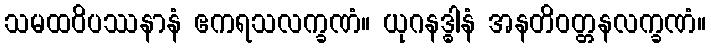
သမထဝိပဿနာနံ ဧကရသလက္ခဏံ။ ယုဂနဒ္ဓါနံ အနတိဝတ္တနလက္ခဏံ။